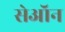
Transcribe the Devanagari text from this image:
सेऑन